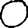
Digit: 0